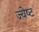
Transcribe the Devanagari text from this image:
ज्‍येष्‍ट